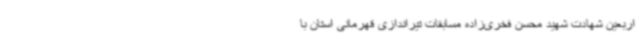
اربعین شهادت شهید محسن فخری‌زاده مسابقات تیراندازی قهرمانی استان با